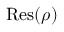
{ \mathrm { R e s } } ( \rho )